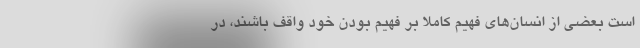
است بعضی از انسان‌های فهیم کاملاً بر فهیم بودن خود واقف باشند، در